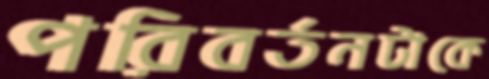
পরিবর্তনটাকে